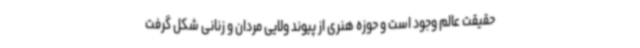
حقیقت عالم وجود است و حوزه هنری از پیوند ولایی مردان و زنانی شکل گرفت